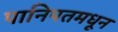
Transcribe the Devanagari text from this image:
पानिपतमधून